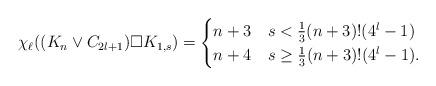
LaTeX: \begin{align*}\chi_{\ell}((K_n \vee C_{2l+1}) \square K_{1,s}) =\begin{cases}n+3 & s < \frac{1}{3} (n+3)! (4^l-1)\\n+4 & s \geq \frac{1}{3} (n+3)! (4^l-1).\end{cases}\end{align*}